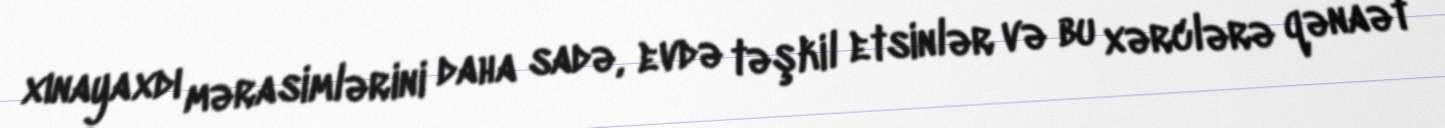
xınayaxdı mərasimlərini daha sadə, evdə təşkil etsinlər və bu xərclərə qənaət